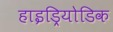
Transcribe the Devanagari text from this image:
हाइड्रियोडिक